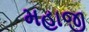
મહાજી